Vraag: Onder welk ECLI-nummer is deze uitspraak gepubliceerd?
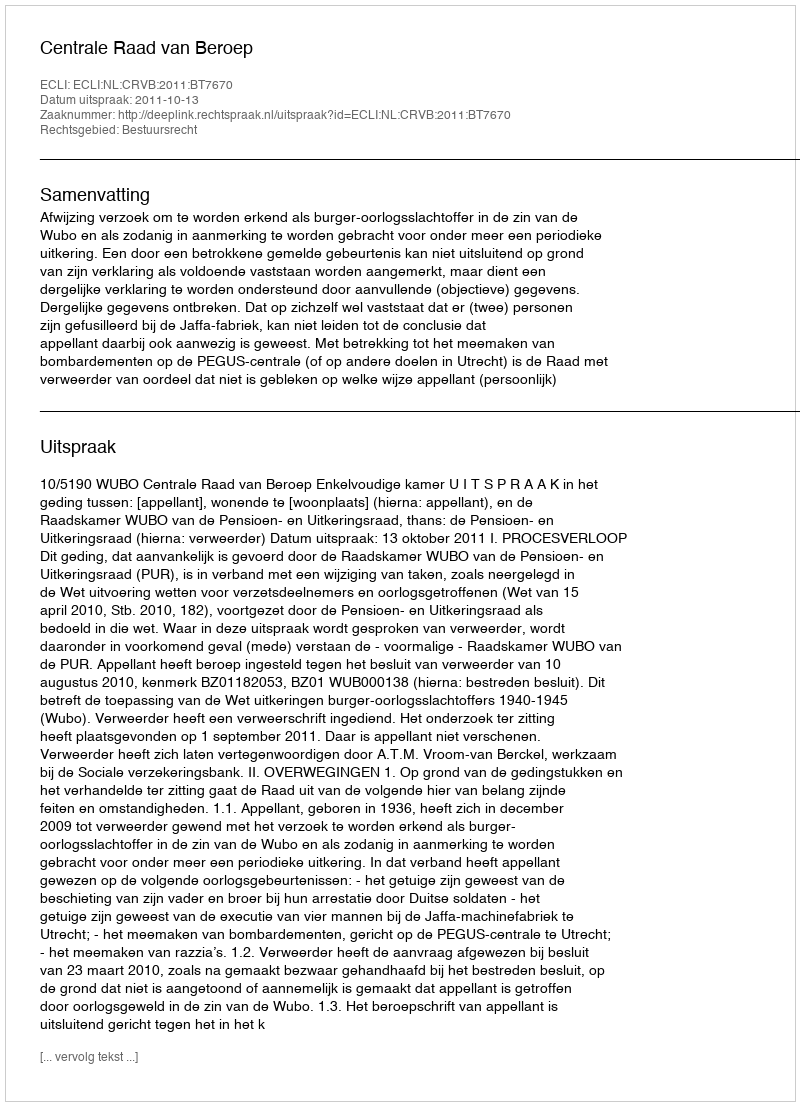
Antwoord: ECLI:NL:CRVB:2011:BT7670